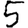
Digit: 5